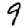
Digit: 9